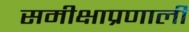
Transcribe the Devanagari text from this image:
समीक्षाप्रणाली